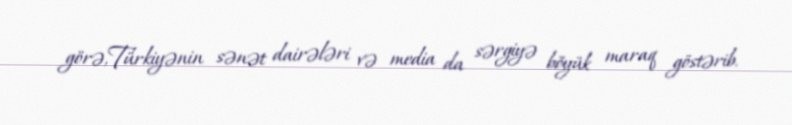
görə,Türkiyənin sənət dairələri və media da sərgiyə böyük maraq göstərib.